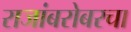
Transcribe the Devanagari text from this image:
राजांबरोबरचा